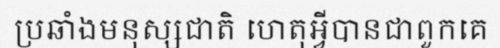
ប្រឆាំងមនុស្សជាតិ ហេតុអ្វីបានជាពួកគេ